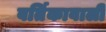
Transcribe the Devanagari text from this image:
वर्तिकावाली